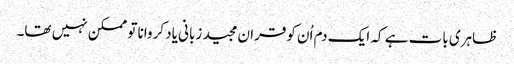
ظاہری بات ہے کہ ایک دم اُن کوقران مجید زبانی یاد کروانا تو ممکن نہیں تھا۔